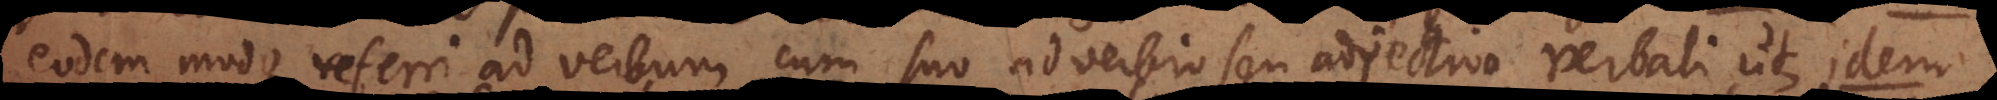
eodem modo referri ad verbum cum suo adverbio seu adjectivo verbali, ut